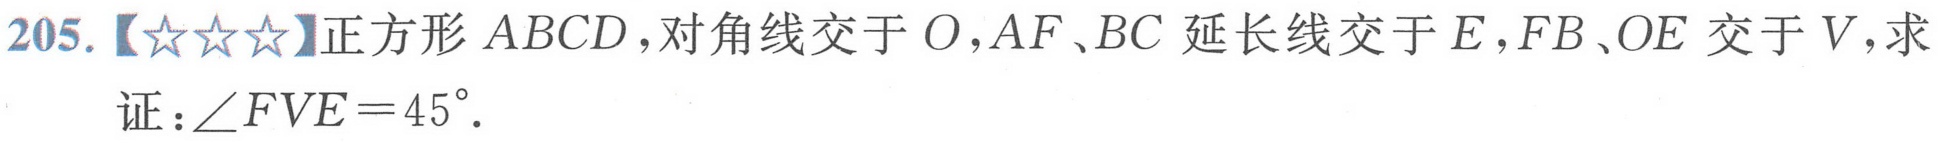
205.【★★★】正方形 \(ABCD\), 对角线交于 \(O\), \(AF\)、\(BC\) 延长线交于 \(E\), \(FB\)、\(OE\) 交于 \(V\), 求
证：\(\angle FVE = 45^{\circ}\).